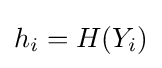
h_{i}=H(Y_{i})